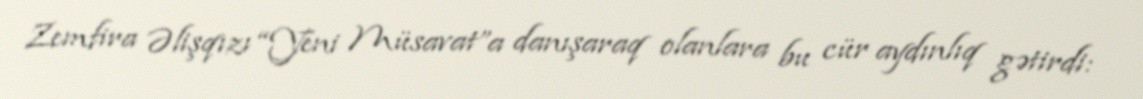
Zemfira Əlişqızı “Yeni Müsavat”a danışaraq olanlara bu cür aydınlıq gətirdi: